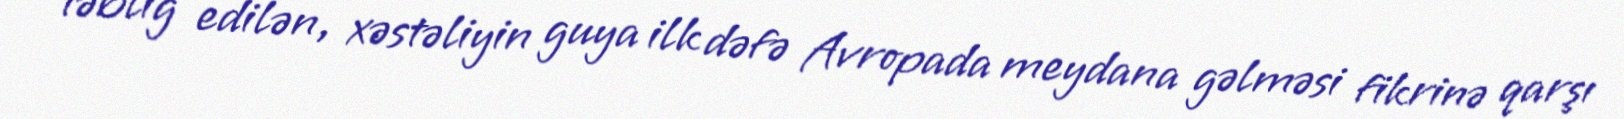
təbliğ edilən, xəstəliyin guya ilk dəfə Avropada meydana gəlməsi fikrinə qarşı